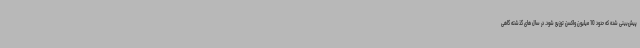
پیش‌بینی شده که حدود 10 میلیون واکسن توزیع شود. در سال های گذشته گاهی